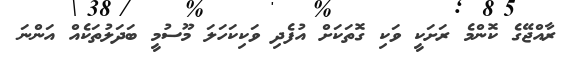
ރާއްޖޭގެ ކޮންމެ ރަށަކީ ވަކި ގޮތަކަށް އުފެދި ވަކިކަހަލަ މޫސުމީ ބަދަލުތަކެއް އަންނަ